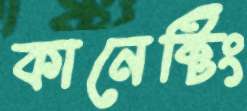
কানেক্টিং